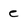
Character: e